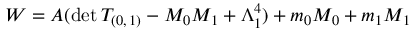
W = A ( \mathrm { d e t } \, T _ { ( 0 , \, 1 ) } - M _ { 0 } M _ { 1 } + \Lambda _ { 1 } ^ { 4 } ) + m _ { 0 } M _ { 0 } + m _ { 1 } M _ { 1 }